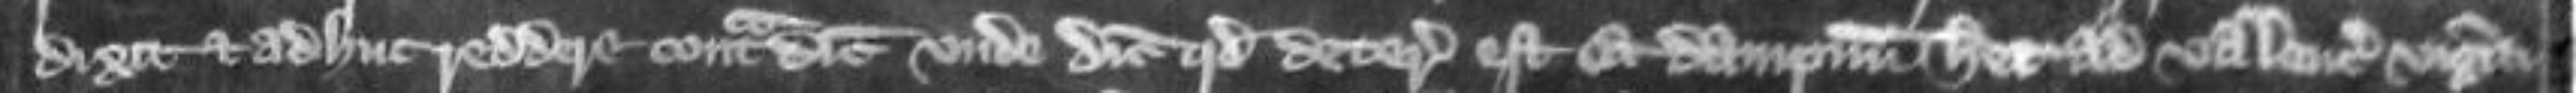
dixit et adhuc reddere contradicit unde dicit quod deterioratus est et dampnum habet ad valenciam viginti